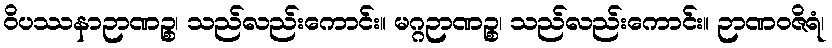
ဝိပဿနာဉာဏဉ္စ၊ သည်လည်းကောင်း။ မဂ္ဂဉာဏဉ္စ၊ သည်လည်းကောင်း။ ဉာဏဝဇိရံ၊